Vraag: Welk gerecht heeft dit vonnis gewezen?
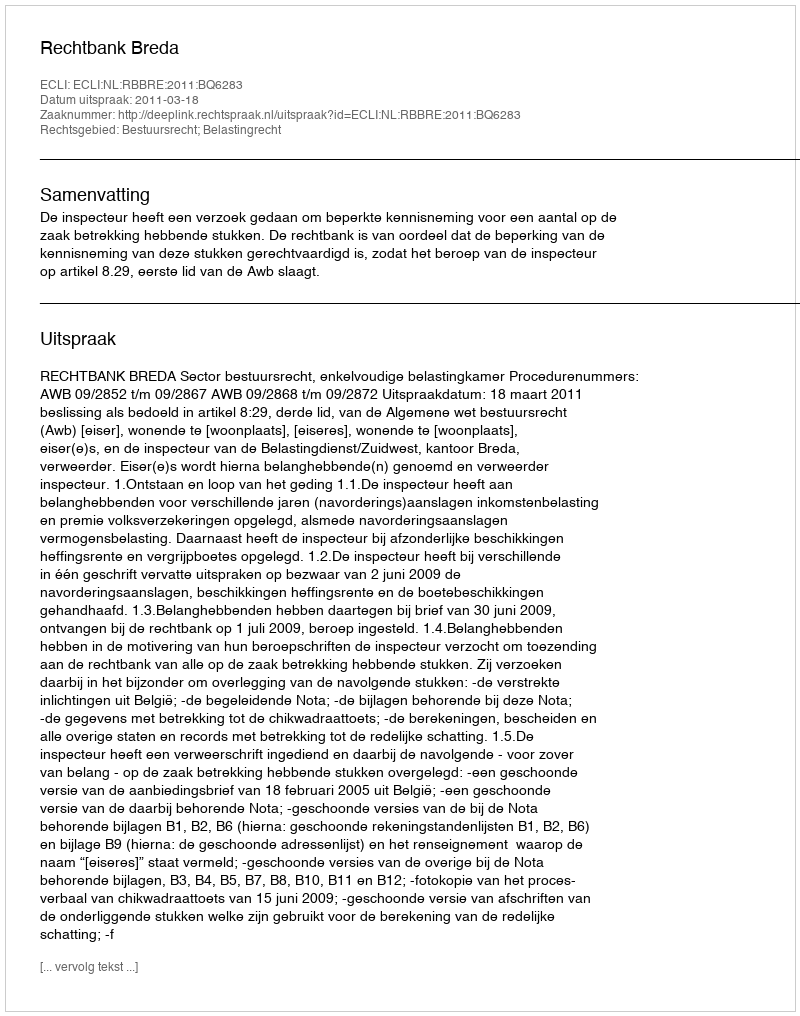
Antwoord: Rechtbank Breda